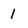
Character: 1